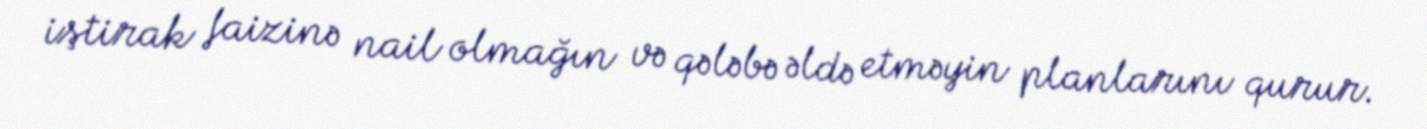
iştirak faizinə nail olmağın və qələbə əldə etməyin planlarını qurur.